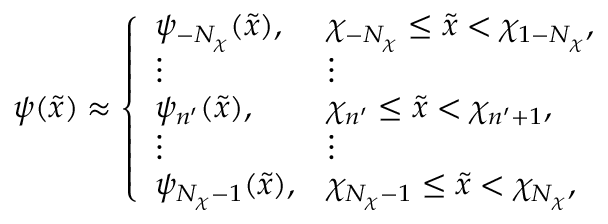
\psi ( \tilde { x } ) \approx \left\{ \begin{array} { l l } { \psi _ { { - } N _ { \chi } } ( \tilde { x } ) , } & { \chi _ { { - } N _ { \chi } } \leq \tilde { x } < \chi _ { 1 { - } N _ { \chi } } , } \\ { \vdots } & { \vdots } \\ { \psi _ { n ^ { \prime } } ( \tilde { x } ) , } & { \chi _ { n ^ { \prime } } \leq \tilde { x } < \chi _ { n ^ { \prime } + 1 } , } \\ { \vdots } & { \vdots } \\ { \psi _ { N _ { \chi } { - } 1 } ( \tilde { x } ) , } & { \chi _ { N _ { \chi } { - } 1 } \leq \tilde { x } < \chi _ { N _ { \chi } } , } \end{array} \right.